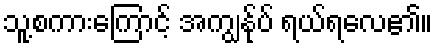
သူ့စကားကြောင့် အကျွန်ုပ် ရယ်ရလေ၏။